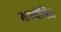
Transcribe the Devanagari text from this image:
कार्यवित